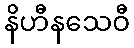
နိဟီနသေဝီ